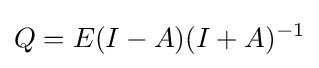
Q=E(I-A)(I+A)^{-1}